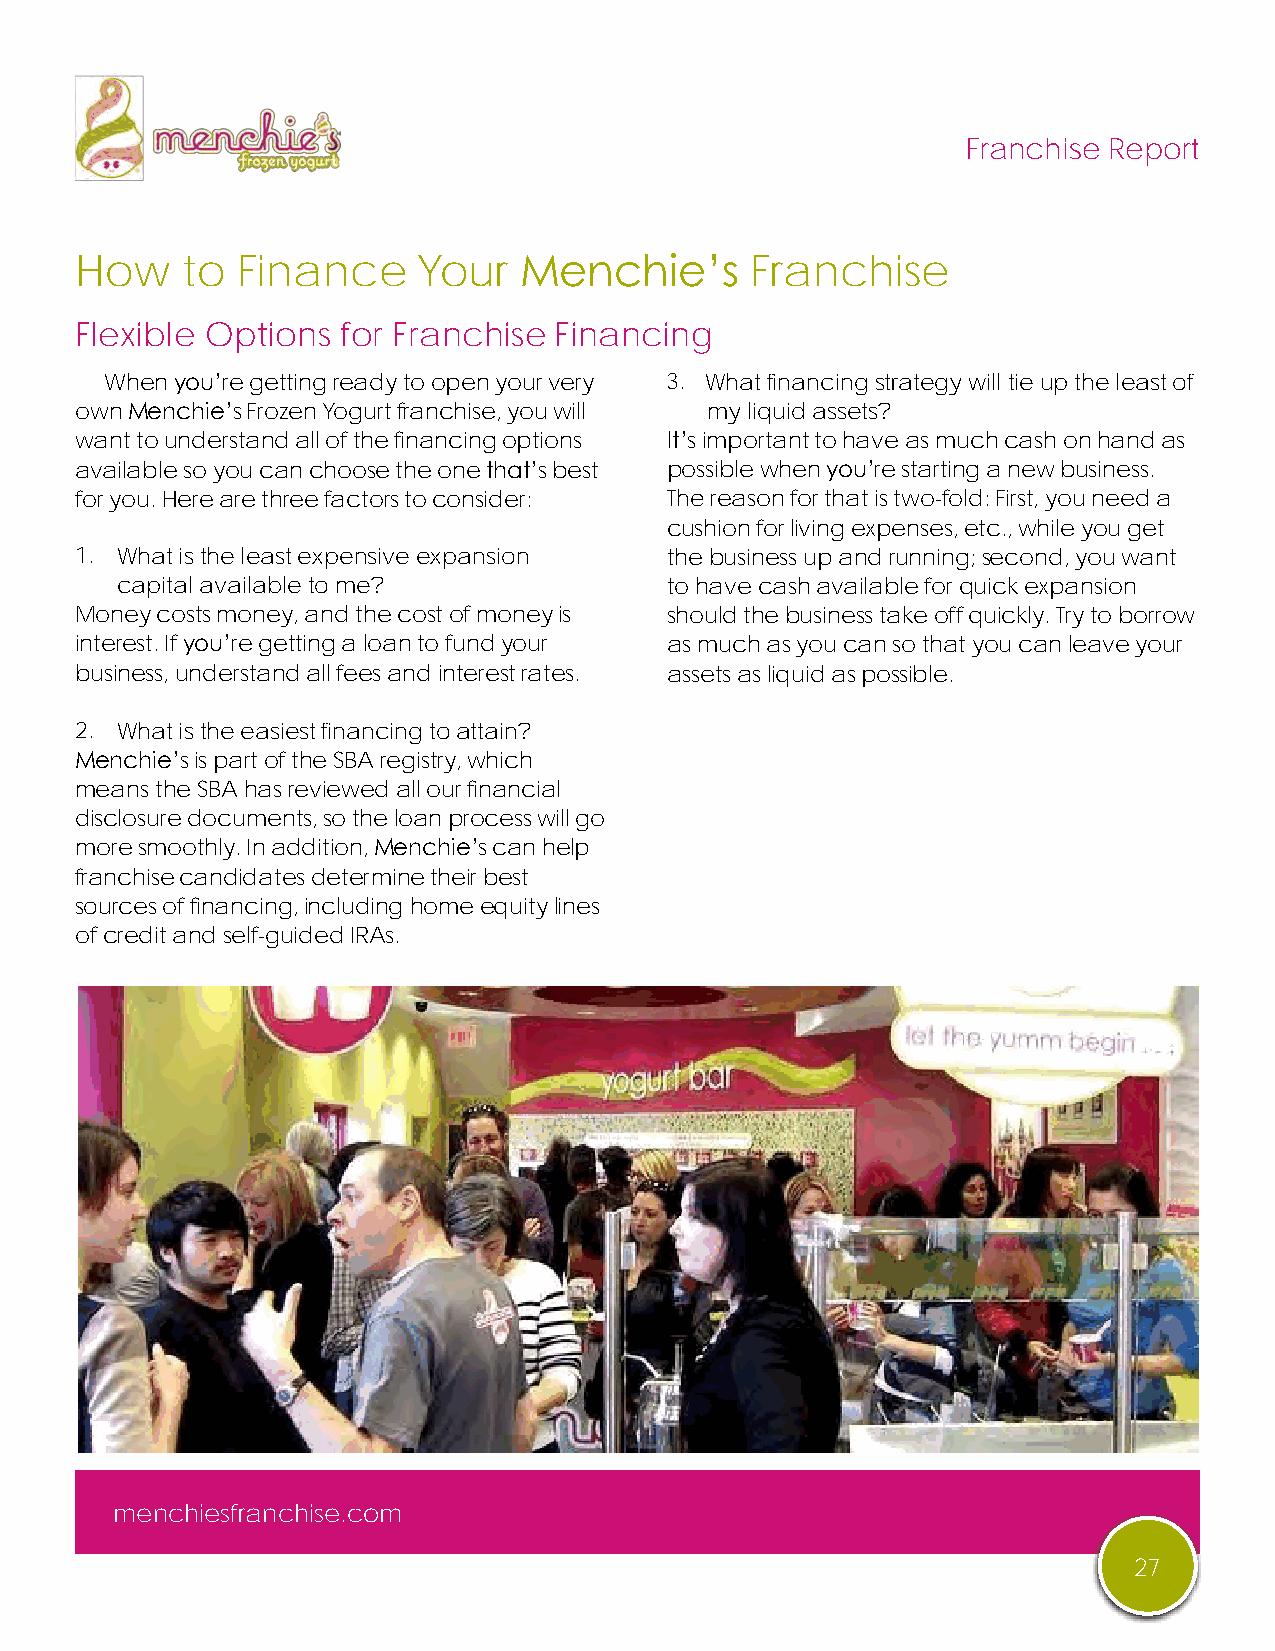
Franchise Report
 How    to  Finance     Your  Menchie’s       Franchise
 Flexible Options  for Franchise Financing
 When you’re getting ready to open your very 3. What financing strategy will tie up the least of
 own Menchie’s Frozen Yogurt franchise, you will my liquid assets?
 want to understand all of the financing options It’s important to have as much cash on hand as
 available so you can choose the one that’s best possible when you’re starting a new business.
 for you. Here are three factors to consider: The reason for that is two-fold: First, you need a
 cushion for living expenses, etc., while you get
 1. What is the least expensive expansion the business up and running; second, you want
 capital available to me?            to have cash available for quick expansion
 Money costs money, and the cost of money is should the business take off quickly. Try to borrow
 interest. If you’re getting a loan to fund your as much as you can so that you can leave your
 business, understand all fees and interest rates. assets as liquid as possible.
 2. What is the easiest financing to attain?
 Menchie’s is part of the SBA registry, which
 means the SBA has reviewed all our financial
 disclosure documents, so the loan process will go
 more smoothly. In addition, Menchie’s can help
 franchise candidates determine their best
 sources of financing, including home equity lines
 of credit and self-guided IRAs.
 menchiesfranchise.com
 27